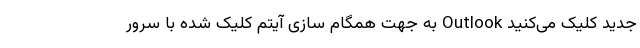
جدید کلیک می­‌کنید Outlook به جهت همگام سازی آیتم کلیک شده با سرور